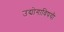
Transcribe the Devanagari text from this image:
उद्योगाविषयी